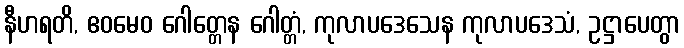
နီဟရတိ, ဧဝမေဝ ဂေါတ္တေန ဂေါတ္တံ, ကုလာပဒေသေန ကုလာပဒေသံ, ဥဋ္ဌာပေတွာ